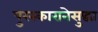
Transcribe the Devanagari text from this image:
पुरस्कारानेसुद्धा